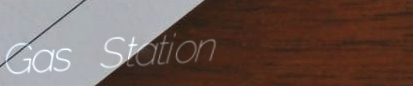
Gas Station